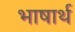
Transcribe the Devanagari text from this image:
भाषार्थ